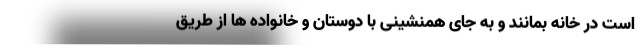
است در خانه بمانند و به جای همنشینی با دوستان و خانواده ها از طریق